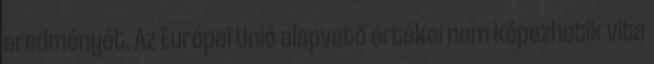
eredményét. Az Európai Unió alapvető értékei nem képezhetik vita